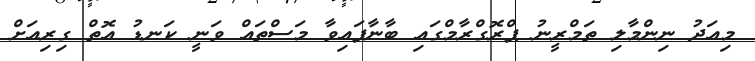
މިއަދު ނިންމާލި ތަމްރީނު ޕްރޮގްރާމްގައި ބާނާފައިވާ މަސްތައް ވަނީ ކަނޑު އޮތް ގިރިއަށް